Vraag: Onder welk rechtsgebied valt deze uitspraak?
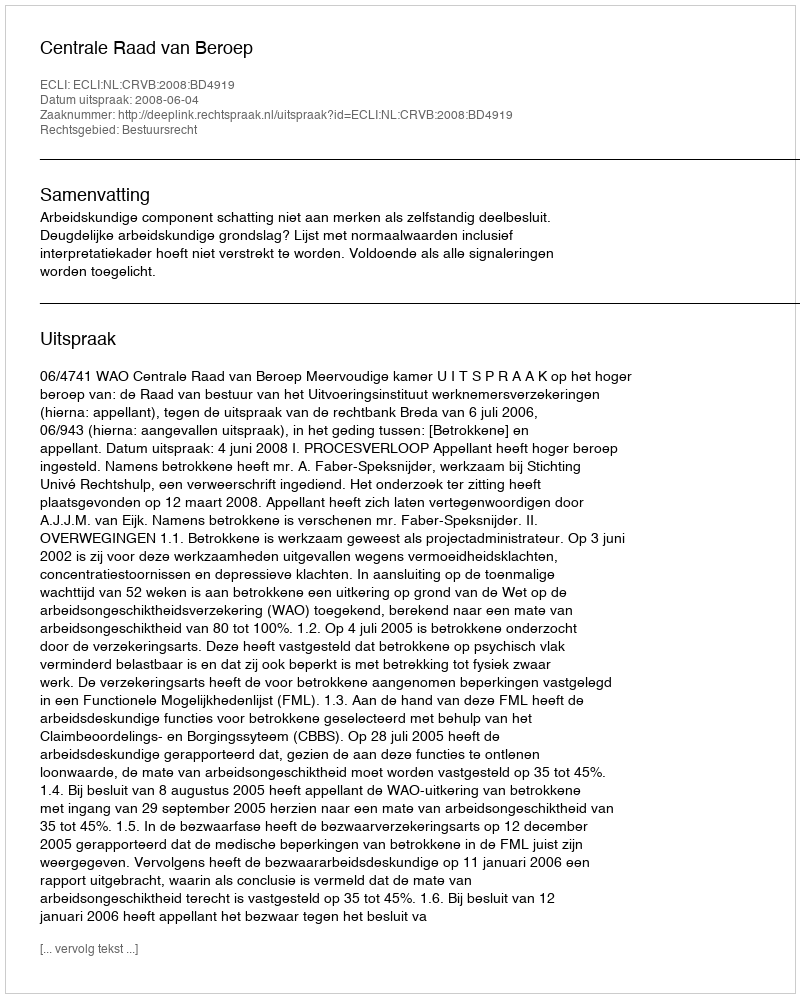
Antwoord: Bestuursrecht